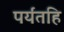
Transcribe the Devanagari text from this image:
पर्यंतहि